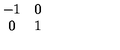
\begin{array} { c c } { - 1 } & { 0 } \\ { 0 } & { 1 } \\ \end{array}